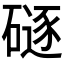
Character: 𪿯